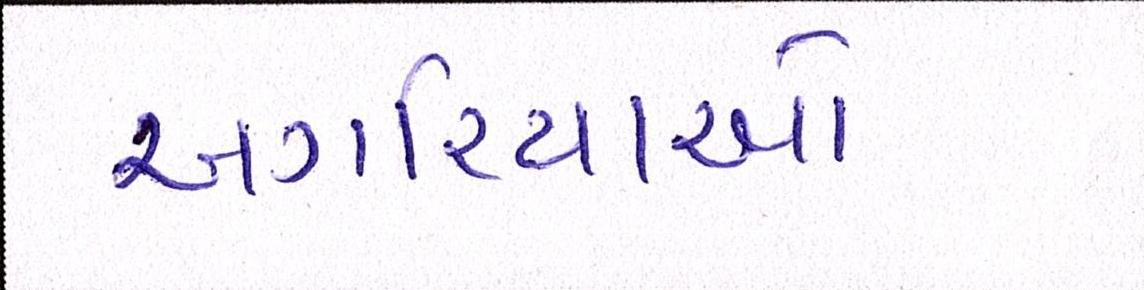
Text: અગરિયાઓ